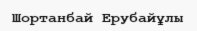
Шортанбай Ерубайұлы